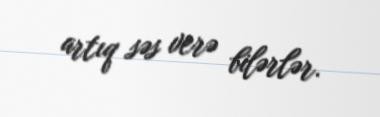
artıq səs verə bilərlər.